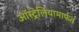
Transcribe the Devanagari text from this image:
ऑस्ट्रेलियामार्फत